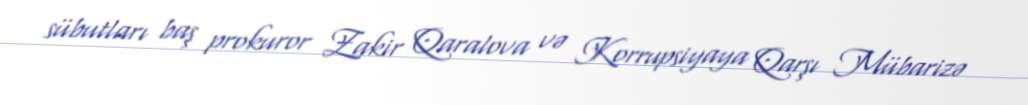
sübutları baş prokuror Zakir Qaralova və Korrupsiyaya Qarşı Mübarizə